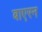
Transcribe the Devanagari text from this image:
बाएरन